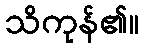
သိကုန်၏။